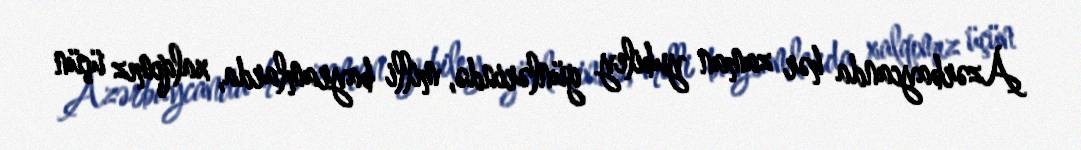
Azərbaycanda hər zaman yubiley günlərində, milli bayramlarda, xalqımız üçün